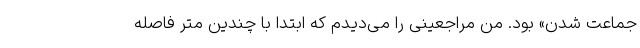
جماعت شدن» بود. من مراجعینی را می‌دیدم که ابتدا با چندین متر فاصله